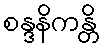
စန္ဒနိကန္တိ